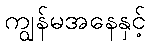
ကျွန်မအနေနှင့်